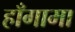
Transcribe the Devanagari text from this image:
हाँगामा